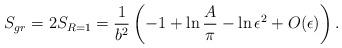
LaTeX: \begin{align*}S_{gr} = 2S_{R=1} = {1\over b^2}\left( - 1 + \ln{{A\over\pi}} - \ln\epsilon^2 +O(\epsilon) \right).\end{align*}